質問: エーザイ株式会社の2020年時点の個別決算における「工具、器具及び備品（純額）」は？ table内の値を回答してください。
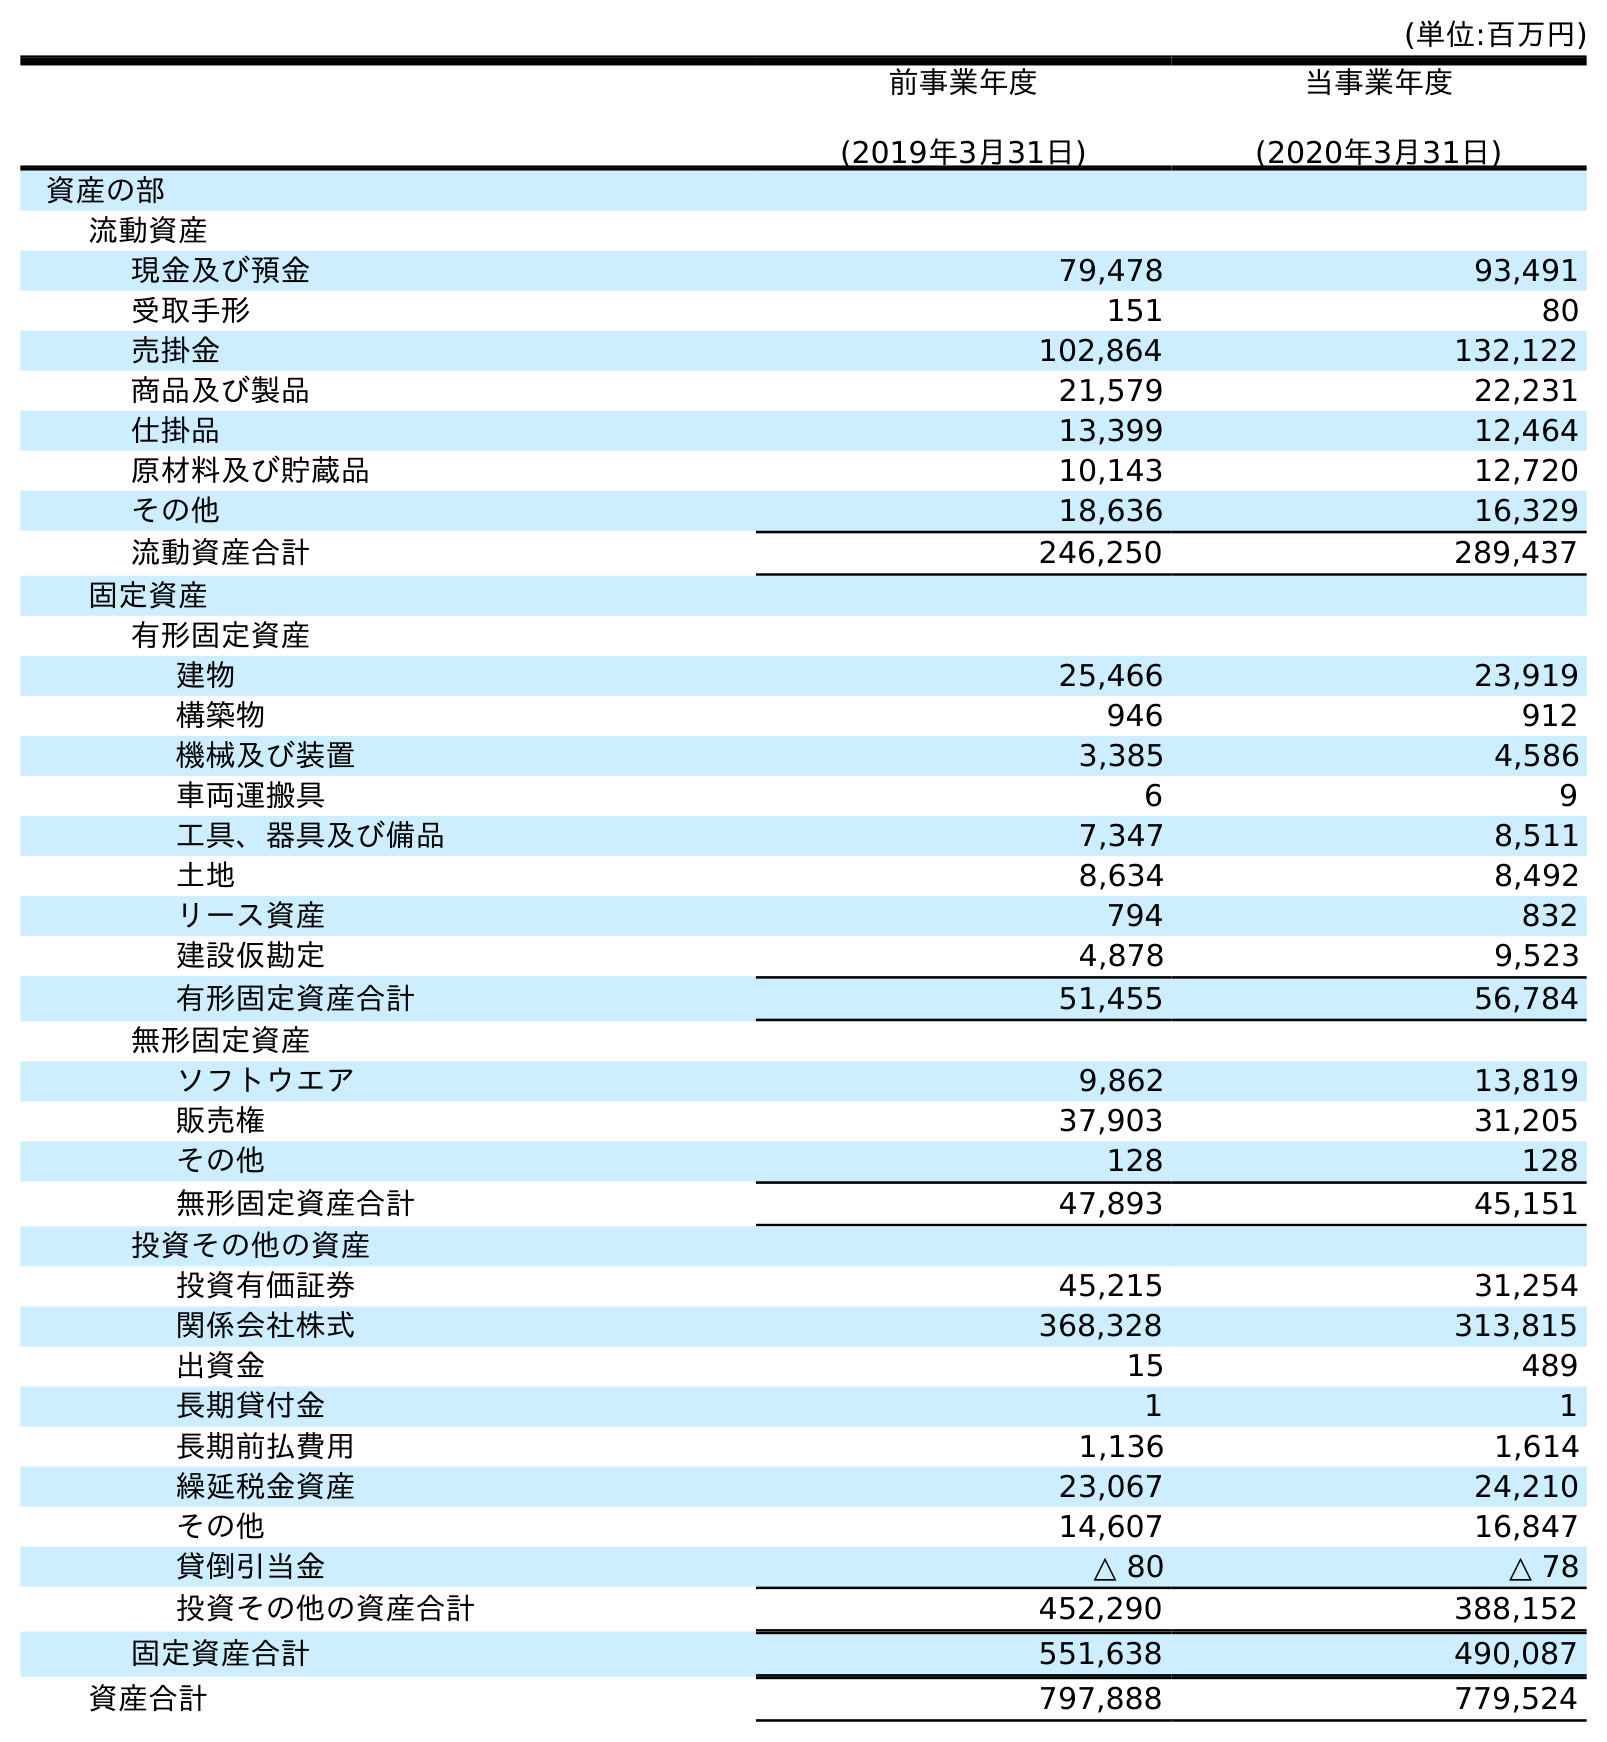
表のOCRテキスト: (単位:百万円) 前事業年度 (2019年3月31日) 当事業年度 (2020年3月31日) 資産の部 流動資産 現金及び預金 79,478 93,491 受取手形 151 80 売掛金 102,864 132,122 商品及び製品 21,579 22,231 仕掛品 13,399 12,464 原材料及び貯蔵品 10,143 12,720 その他 18,636 16,329 流動資産合計 246,250 289,437 固定資産 有形固定資産 建物 25,466 23,919 構築物 946 912 機械及び装置 3,385 4,586 車両運搬具 6 9 工具、器具及び備品 7,347 8,511 土地 8,634 8,492 リース資産 794 832 建設仮勘定 4,878 9,523 有形固定資産合計 51,455 56,784 無形固定資産 ソフトウエア 9,862 13,819 販売権 37,903 31,205 その他 128 128 無形固定資産合計 47,893 45,151 投資その他の資産 投資有価証券 45,215 31,254 関係会社株式 368,328 313,815 出資金 15 489 長期貸付金 1 1 長期前払費用 1,136 1,614 繰延税金資産 23,067 24,210 その他 14,607 16,847 貸倒引当金 △ 80 △ 78 投資その他の資産合計 452,290 388,152 固定資産合計 551,638 490,087 資産合計 797,888 779,524
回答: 8,511